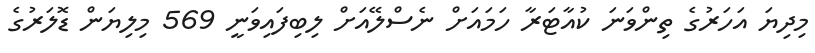
މިދިޔަ އަހަރުގެ ތިންވަނަ ކުއާޓަރާ ހަމައަށް ނެސްލޭއަށް ލިބިފައިވަނީ 569 މިލިޔަން ޑޮލަރުގެ